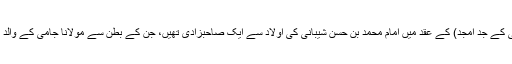
مولانا محمد (مولاناجامی کے جد امجد) کے عقد میں امام محمد بن حسن شیبانی کی اولاد سے ایک صاحبزادی تھیں، جن کے بطن سے مولانا جامی کے والد احمد بن محمد پیدا ہوئے۔